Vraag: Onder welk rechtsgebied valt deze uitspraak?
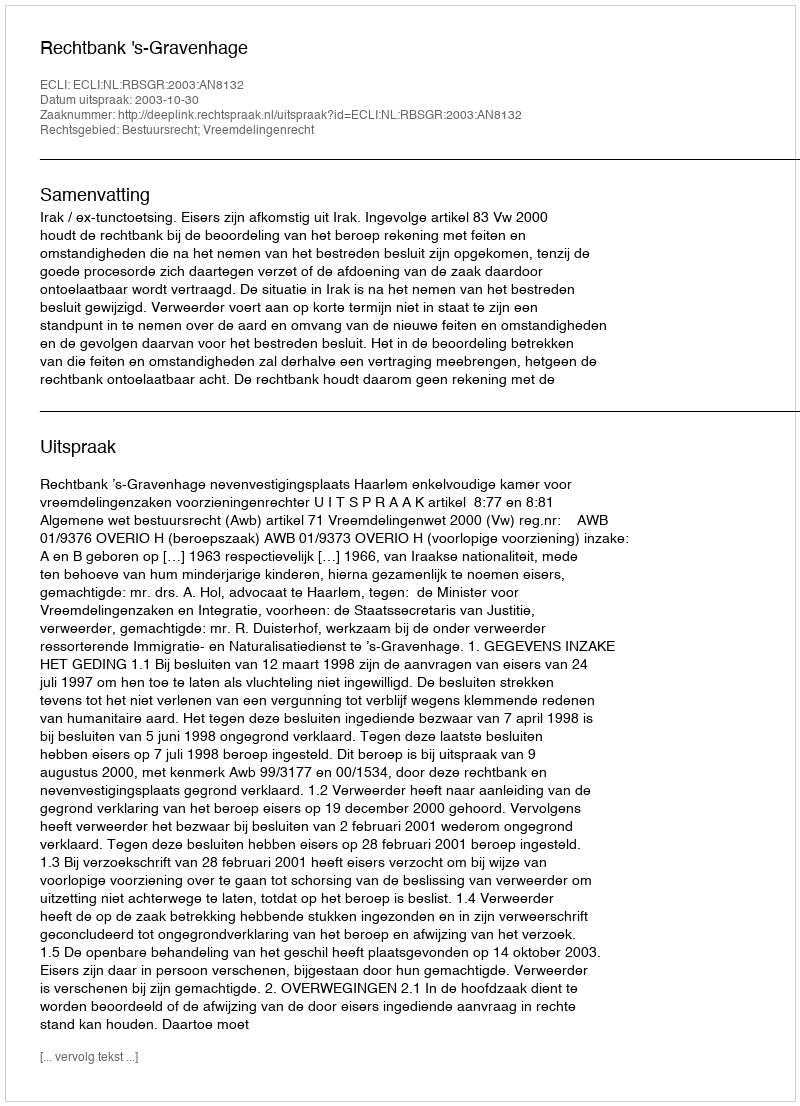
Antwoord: Bestuursrecht; Vreemdelingenrecht